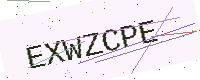
Text: EXWZCPE